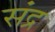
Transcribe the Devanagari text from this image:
संद्र